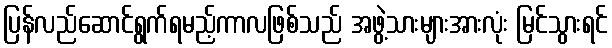
ပြန်လည်ဆောင်ရွက်ရမည့်ကာလဖြစ်သည် အဖွဲ့သားများအားလုံး မြင်သွားရင်